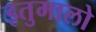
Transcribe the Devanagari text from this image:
इतुमालो